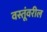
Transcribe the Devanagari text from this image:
वस्तूंवरील